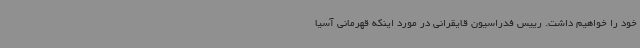
خود را خواهیم داشت. رییس فدراسیون قایقرانی در مورد اینکه قهرمانی آسیا